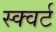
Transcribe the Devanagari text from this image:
स्क्वर्ट